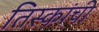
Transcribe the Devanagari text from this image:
तिस्कांची